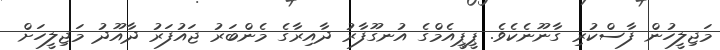
މަޖިލީހުން ފާސްކުރި ގާނޫނެކެވެ. ޕީޕީއެމްގެ އުނގޫފާރު ދާއިރާގެ މެންބަރު ޖައުފަރު ދާއޫދު މަޖިލީހަށް